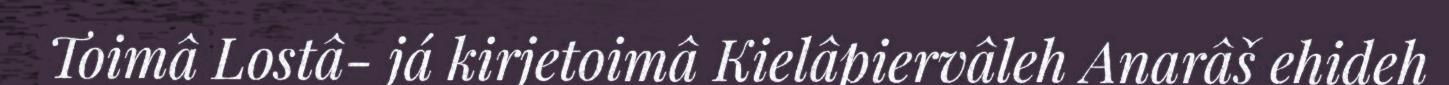
Toimâ Lostâ- já kirjetoimâ Kielâpiervâleh Anarâš ehideh